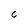
Character: C